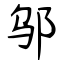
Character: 邬